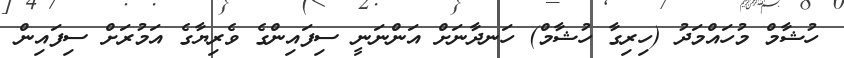
ހުޝާމް މުހައްމަދު (ހިރިގާ ހުޝާމް) ހަނދާނަށް އަންނަނީ ސިފައިންގެ ވެރިޔާގެ އަމުރަށް ސިފައިން